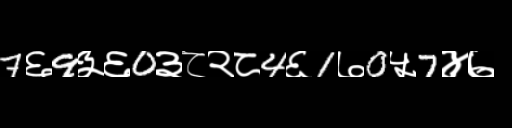
Text: 7६9३६0३८२८4६1७0५7४७